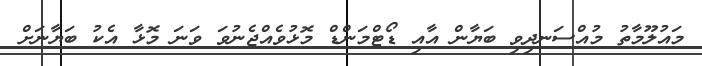
މައުލޫމާތު މުއްސަނދިވި ބަޔާން އާއި ޑޯޓްމަންޑް މޮޅުވެއްޖެނުވަ ވަނަ މޮޅާ އެކު ބަޔާނަށް